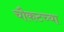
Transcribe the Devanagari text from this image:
चौकटच्या